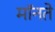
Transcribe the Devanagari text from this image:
मॉनते